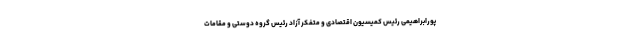
پورابراهیمی رئیس کمیسیون اقتصادی و متفکر آزاد رئیس گروه دوستی و مقامات